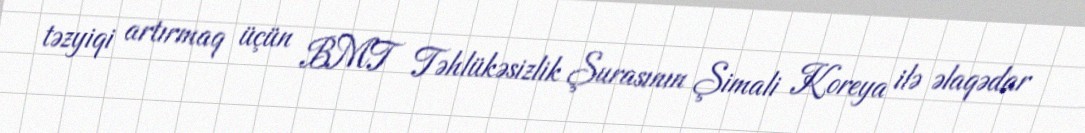
təzyiqi artırmaq üçün BMT Təhlükəsizlik Şurasının Şimali Koreya ilə əlaqədar